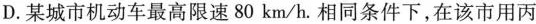
D.某城市机动车最高限速80km/h。相同条件下，在该市用丙